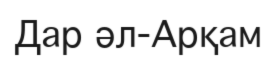
Дар әл-Арқам